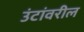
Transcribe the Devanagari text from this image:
उंटांवरील